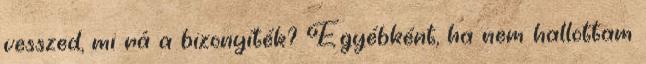
vesszed, mi rá a bizonyíték? Egyébként, ha nem hallottam